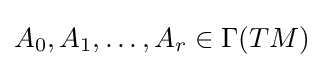
A_{0},A_{1},\dots ,A_{r}\in \Gamma (TM)